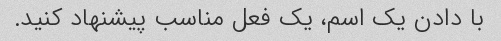
با دادن یک اسم، یک فعل مناسب پیشنهاد کنید.